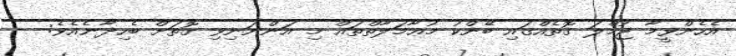
އެހެންވީމާ ޖުމްލަ ގޮތެއްގައި ބޭންކު މުޢާމަލާތްތައް މި އަންނަނިވި ގޮތަށް ބެހިދާނެއެވެ:- -